画像に写った文字を読んでください
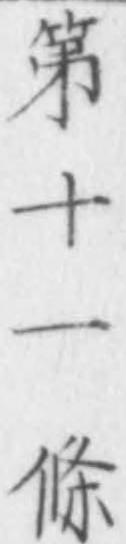
「第十一條」と書いてあります